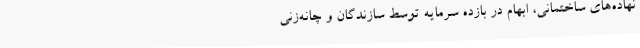
نهاده‌های ساختمانی، ابهام در بازده سرمایه توسط سازندگان و چانه‌زنی